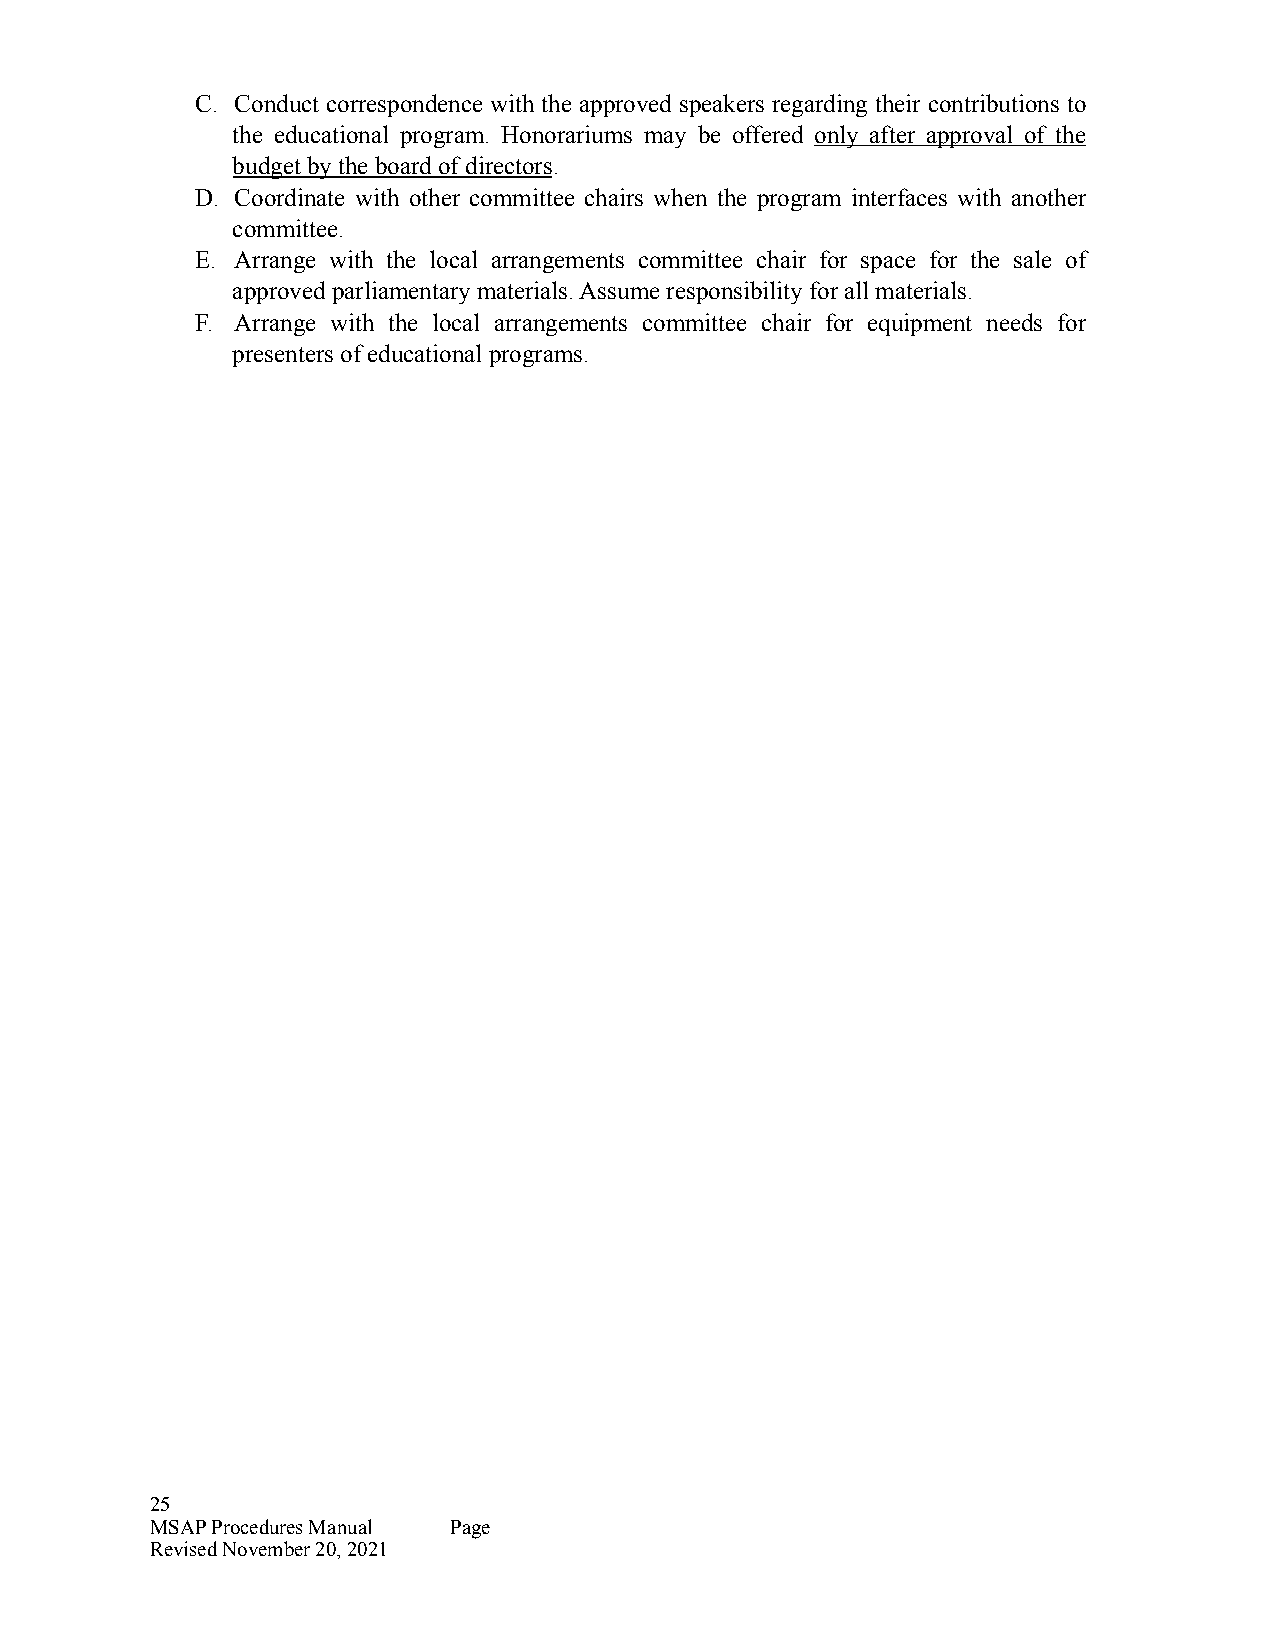
C. Conduct correspondence with the approved speakers regarding their contributions to
 the educational program. Honorariums may be offered only after approval of the
 budget by the board of directors.
 D. Coordinate with other committee chairs when the program interfaces with another
 committee.
 E. Arrange with the local arrangements committee chair for space for the sale of
 approved parliamentary materials. Assume responsibility for all materials.
 F. Arrange with the local arrangements committee chair for equipment needs for
 presenters of educational programs.
 25
 MSAP Procedures Manual Page
 Revised November 20, 2021